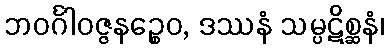
ဘဝင်္ဂါဝဇ္ဇနဉ္စေဝ, ဒဿနံ သမ္ပဋိစ္ဆနံ၊